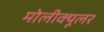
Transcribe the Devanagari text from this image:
मोलीक्यूलर